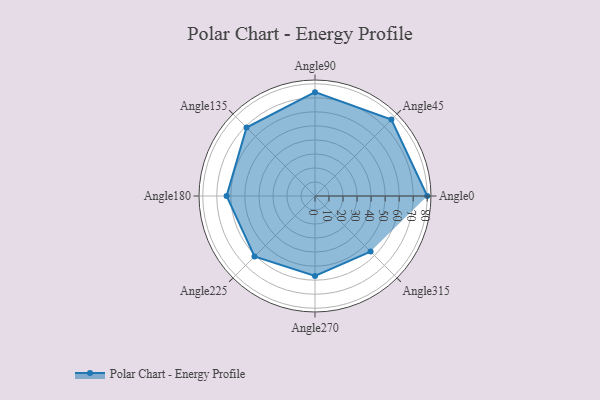
{"axis": {"x": "Angle", "y": "Radius"}, "legend": [""], "data": [{"x": "Angle0", "y": 80.0, "type": ""}, {"x": "Angle45", "y": 77.0, "type": ""}, {"x": "Angle90", "y": 74.0, "type": ""}, {"x": "Angle135", "y": 69.0, "type": ""}, {"x": "Angle180", "y": 63.0, "type": ""}, {"x": "Angle225", "y": 61.0, "type": ""}, {"x": "Angle270", "y": 57.0, "type": ""}, {"x": "Angle315", "y": 56.0, "type": ""}]}